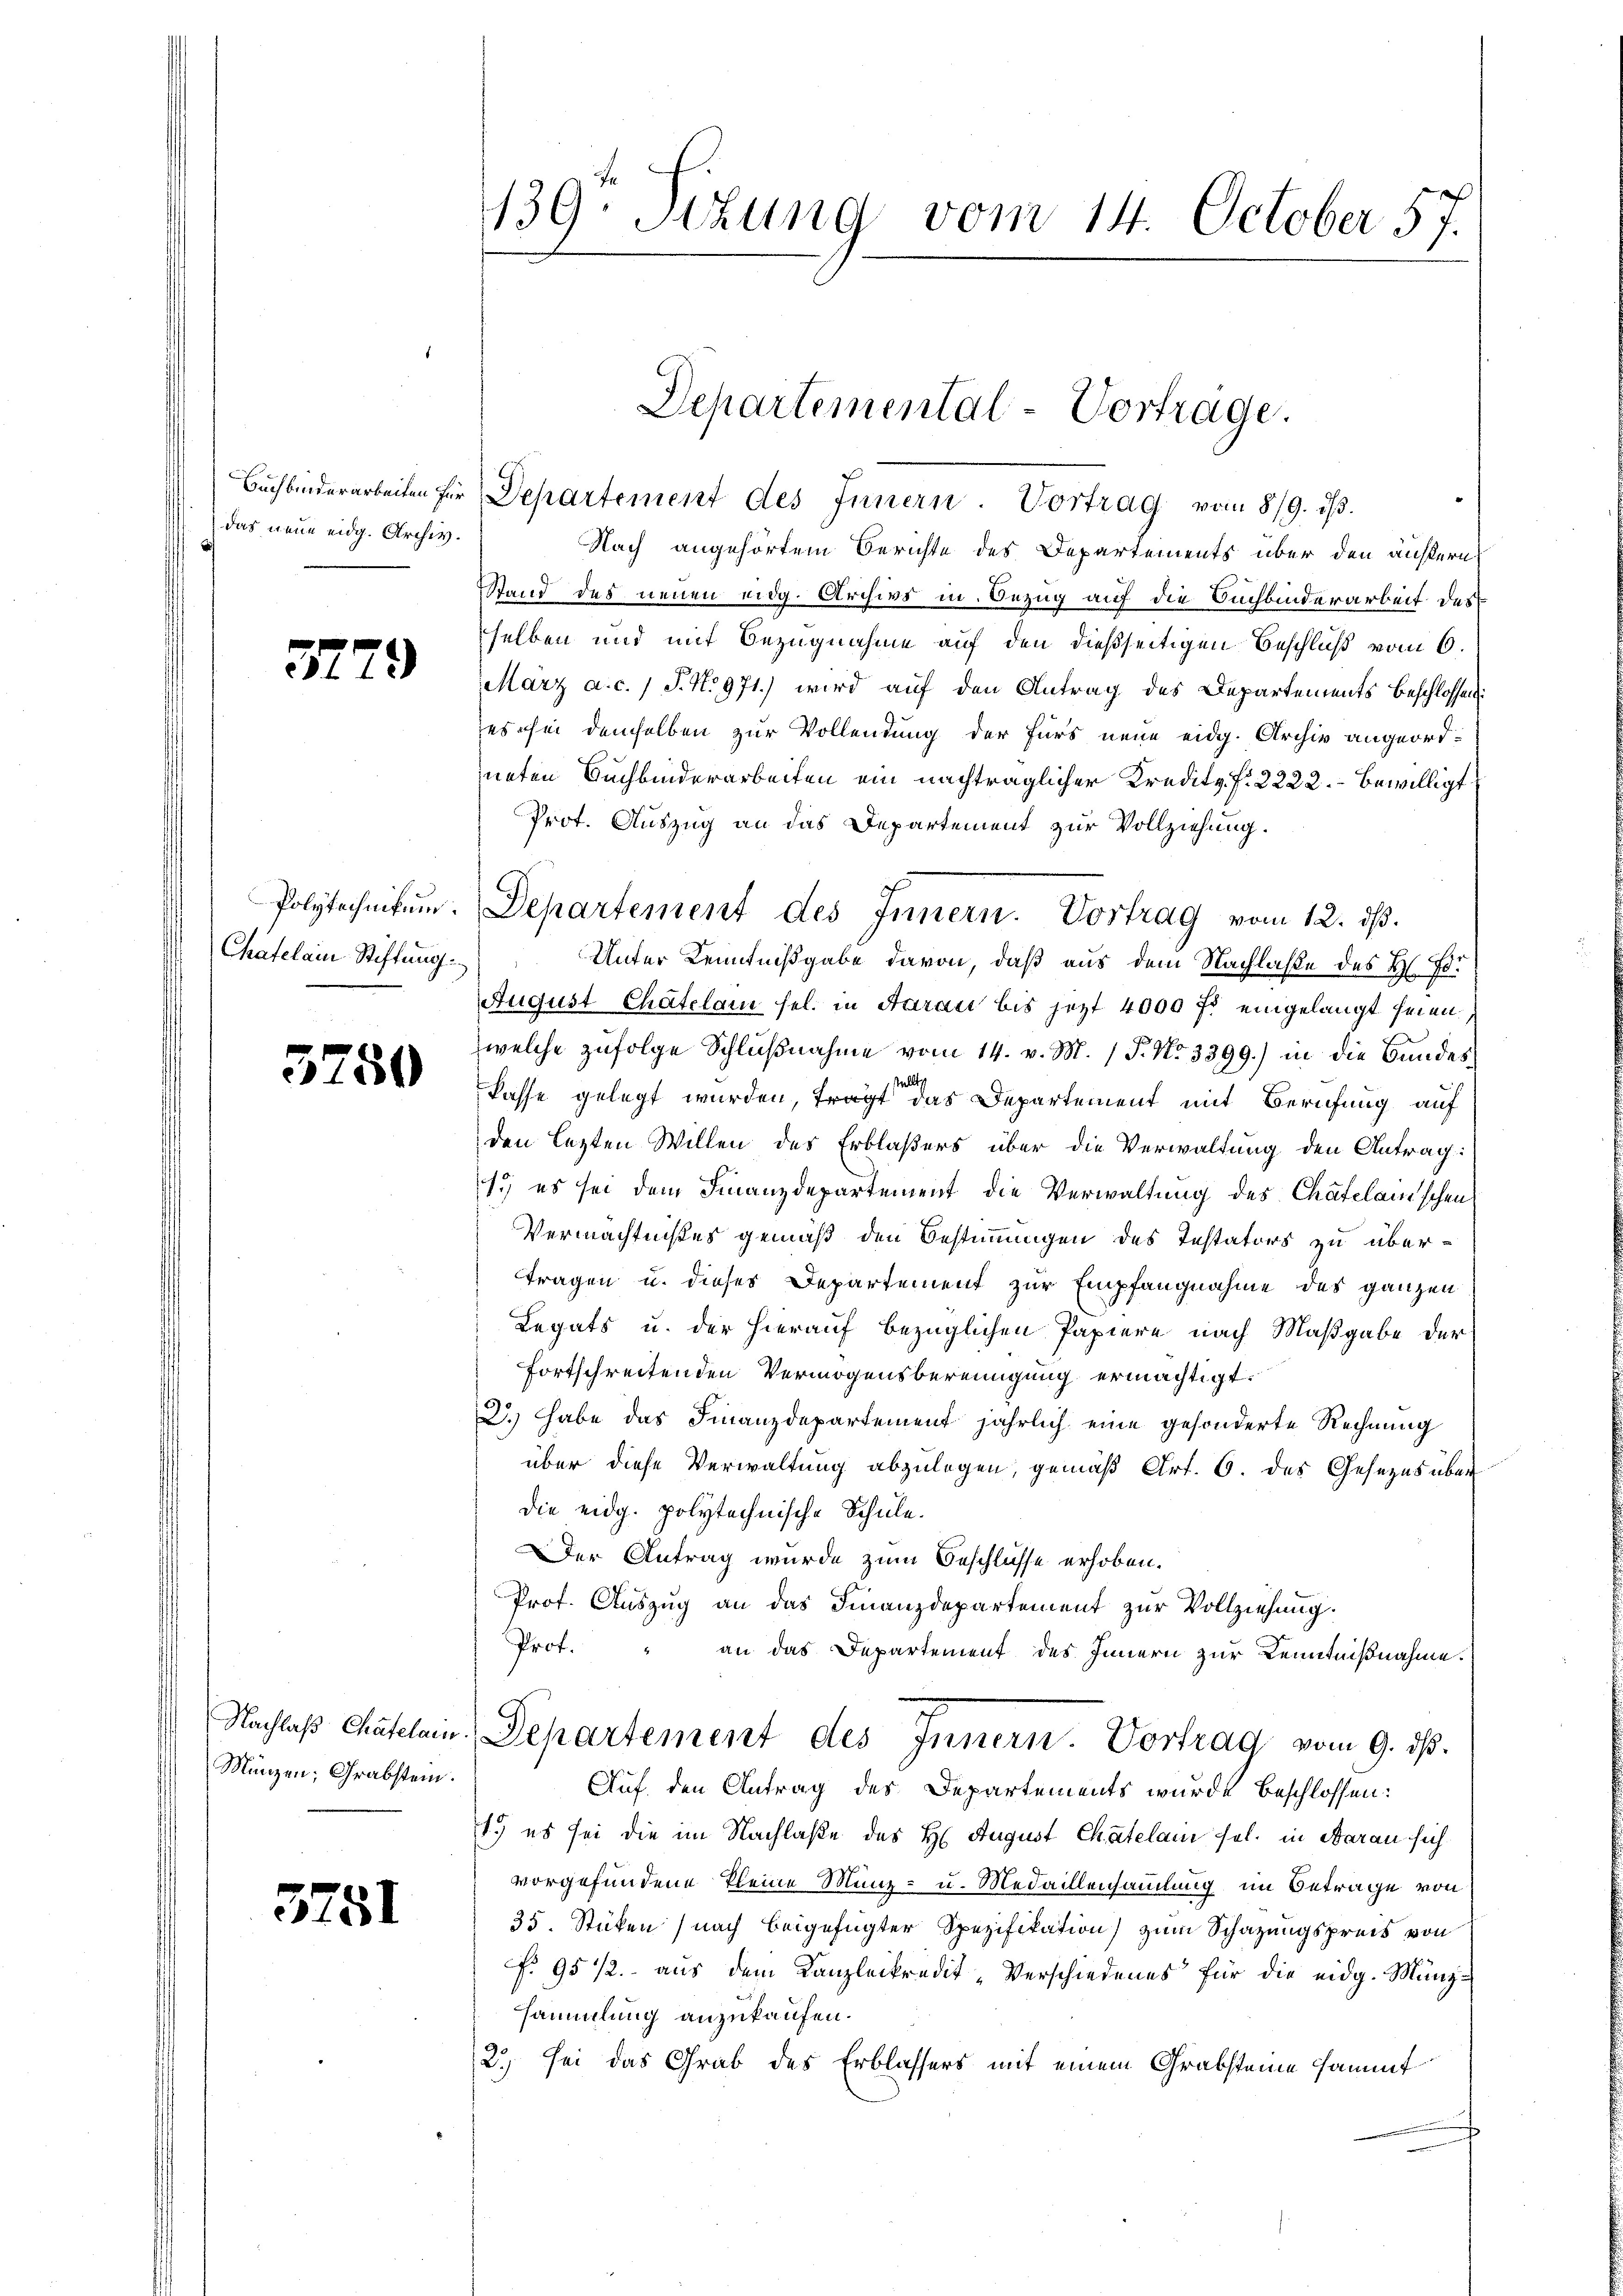
das neue eidg. Archiv.

3729

Polytechnikum.
Chatelain Stiftung.

3750

Münzen; Grabstein.

5751

139. Sitzung vom 14. October 57.

Departemental-Vorträge.
Bŭchbinderarbeiten für Departement des Innern. Vortrag vom 8/9. ds.

Nach angehörtem Berichte des Departements über den äußern
Stand des neuen eidg. Archivs in Bezug auf die Buchbinderarbeit des
selben und mit Bezugnahme auf den dießseitigen Beschluß vom 6.
März a. c. 1 S. N. 971.) wird auf den Antrag des Departements beschlossen
es sei demselben zur Vollendung der Fürs neue eidg. Archiv angeordneten Buchbinderarbeiten ein nachträglicher Kredita P. 2222. – Bewilligt
Prot. Auszug an das Departement zur Vollziehung.
Unter Kenntnißgabe davon, daß aus dem Nachlaße des H. Jo¬
August Chatelam sel. in Aaraus bis jetzt 4000 fl eingelangt seien,
welche zufolge Schlŭβnahme vom 14. v. M. (T. No 3399.) in die Bundesstel
kasse gelegt wurden, trägt das Departement mit Berufung auf
den lezten Willen des Erblaßers über die Verwaltung den Antrag:
1.) es sei dem Finanzdepartement die Verwaltung des Chatelamischen
Vermächtnißes gemäß den Bestimmungen des Instators zu übertragen u. dieses Departement zur Empfangnahme des ganzen
Legats u. der hierauf bezüglichen Papiere nach Maßgabe der
fortschreitenden Vermögensbereinigung ermächtigt.
2. habe das Finanzdepartement jährlich eine gesonderte Rechnung
über diese Verwaltung abzulegen, gemäß Art. 6. des Gesezes über
die eidg. polytechnische Schule.
Der Antrag wurde zum Beschlüsse erhoben.
Prof. Auszug an das Finanzdepartement zur Vollziehung.
Prof.
an das Departement des Innern zur Kenntnißnahme.
Nachlaß Chatelain. Departement des Innern Vortrag vom 9. ds.
Auf den Antrag des Departements wurde beschlossen:
1.) es sei die im Nachlaße des H. August Chatelam sel. in Baran sich
vorgefundene kleine Münz- u. Medaillensamlung im Betrage von
35. Stücken (nach beigefügter Spezifikation) zum Schazungspreis von
f. 95 1/2. aus dem Kanzleikredit-Verschiedenes für die eidg. Münzsammlung anzukaufen.
2) sei das Grab des Erblassers mit einem Grabsteine sammt

Departement des Innern. Vortrag vom 12. ds.